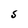
Character: S